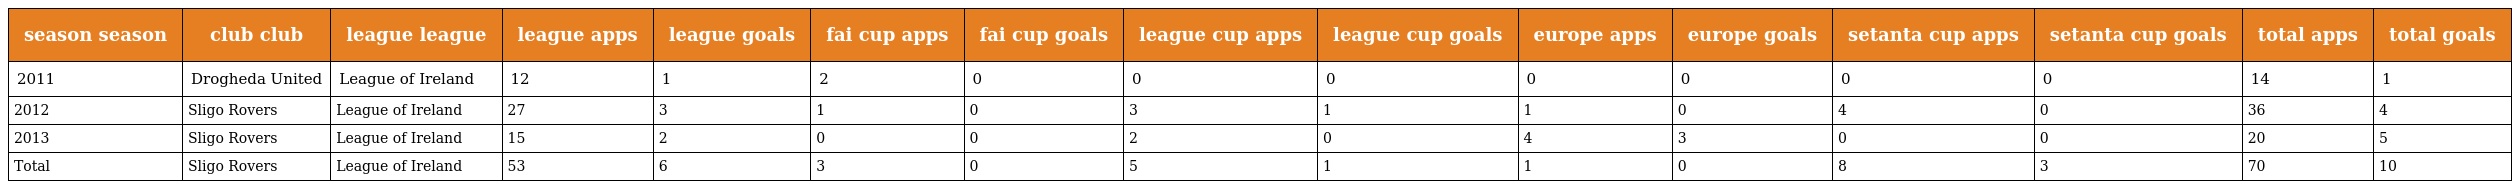
| season season | club club | league league | league apps | league goals | fai cup apps | fai cup goals | league cup apps | league cup goals | europe apps | europe goals | setanta cup apps | setanta cup goals | total apps | total goals |
 | --- | --- | --- | --- | --- | --- | --- | --- | --- | --- | --- | --- | --- | --- | --- |
 | 2011 | Drogheda United | League of Ireland | 12 | 1 | 2 | 0 | 0 | 0 | 0 | 0 | 0 | 0 | 14 | 1 |
 | 2012 | Sligo Rovers | League of Ireland | 27 | 3 | 1 | 0 | 3 | 1 | 1 | 0 | 4 | 0 | 36 | 4 |
 | 2013 | Sligo Rovers | League of Ireland | 15 | 2 | 0 | 0 | 2 | 0 | 4 | 3 | 0 | 0 | 20 | 5 |
 | Total | Sligo Rovers | League of Ireland | 53 | 6 | 3 | 0 | 5 | 1 | 1 | 0 | 8 | 3 | 70 | 10 |